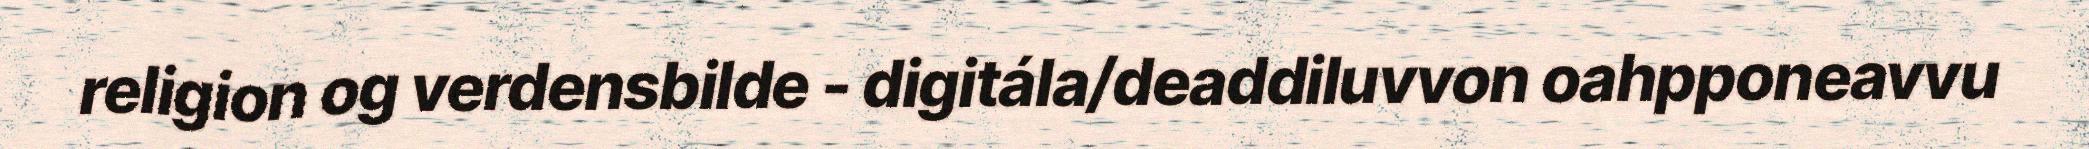
religion og verdensbilde - digitála/deaddiluvvon oahpponeavvu